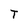
Character: T